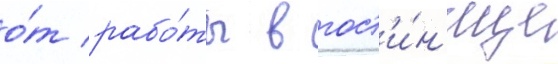
о́т рабо́ты в гост'и́н'ице